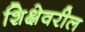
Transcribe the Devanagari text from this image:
शिक्षेवरील